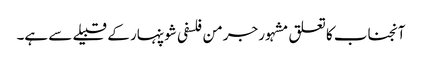
آنجناب کا تعلق مشہور جرمن فلسفی شوپنہار کے قبیلے سے ہے۔